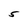
Character: 5